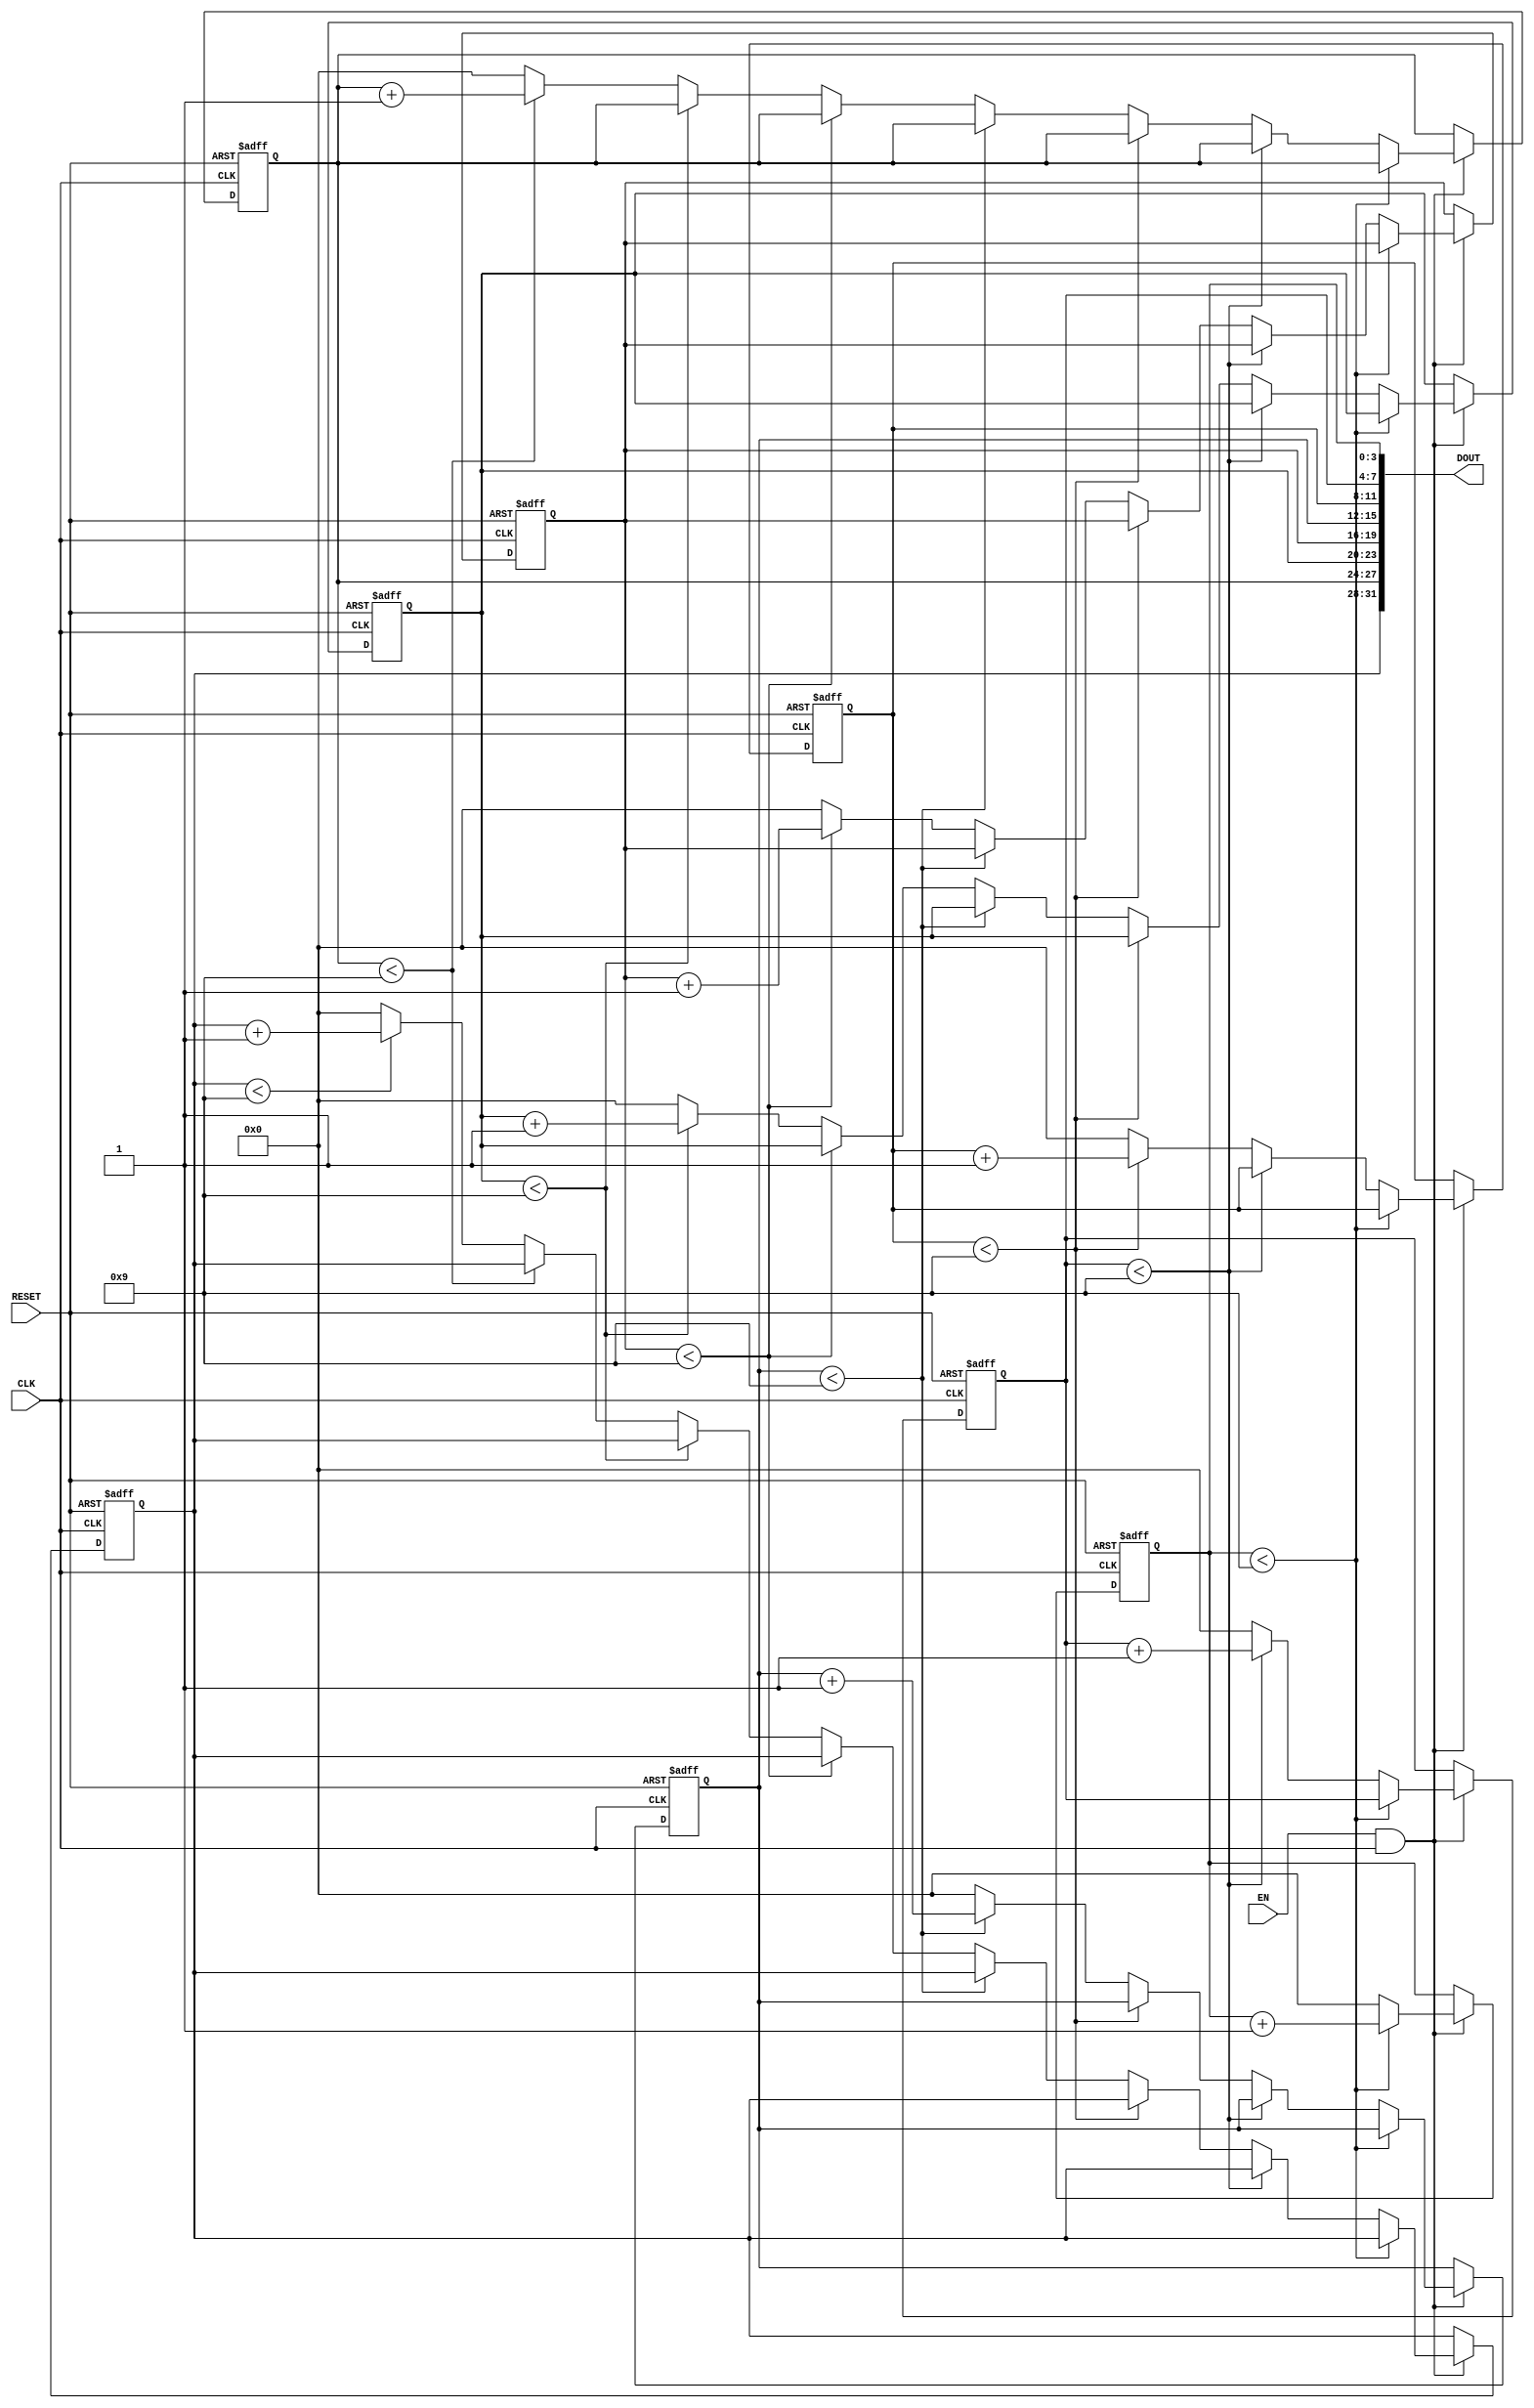
module bcd_counter_32(CLK, EN, RESET, DOUT);
	input CLK, EN, RESET;
	output [31:0] DOUT;
	
	reg [3:0] cnt1;
	reg [3:0] cnt2;
	reg [3:0] cnt3;
	reg [3:0] cnt4;
	reg [3:0] cnt5;
	reg [3:0] cnt6;
	reg [3:0] cnt7;
	reg [3:0] cnt8;
	
	assign DOUT = {cnt8, cnt7, cnt6, cnt5, cnt4, cnt3, cnt2, cnt1};
	
	always @(posedge CLK or posedge RESET)
	begin
		if(RESET == 1) begin
			cnt1 = 0; cnt2 = 0; cnt3 = 0; cnt4 = 0; cnt5 = 0; cnt6 = 0; cnt7 = 0; cnt8 = 0;
		end
		else
			if(EN && CLK == 1)
				if(cnt1 < 4'd9) cnt1 = cnt1 + 1'd1;
				else begin
					cnt1 = 0;
					if(cnt2 < 4'd9) cnt2 = cnt2 + 1'd1;
					else begin
						cnt2 = 0;
						if(cnt3 < 4'd9) cnt3 = cnt3 + 1'd1;
						else begin
							cnt3 = 0;
							if(cnt4 < 4'd9) cnt4 = cnt4 + 1'd1;
							else begin
								cnt4 = 0;
								if(cnt5 < 4'd9) cnt5 = cnt5 + 1'd1;
								else begin
									cnt5 = 0;
									if(cnt6 < 4'd9) cnt6 = cnt6 + 1'd1;
									else begin
										cnt6 = 0;
										if(cnt7 < 4'd9) cnt7 = cnt7 + 1'd1;
										else begin
											cnt7 = 0;
											if(cnt8 < 4'd9) cnt8 = cnt8 + 1'd1;
											else begin
												cnt8 = 0;
											end
										end
									end
								end
							end
						end
					end
				end
	end
endmodule